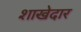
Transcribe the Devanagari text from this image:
शाखेदार